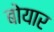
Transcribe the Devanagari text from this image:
बोयार